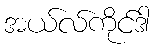
အယ်လ်ကိုင်ဒါ